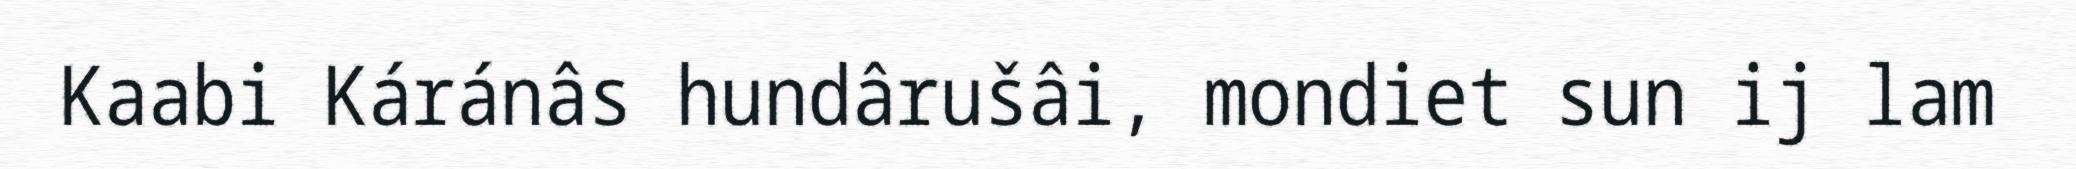
Kaabi Káránâs hundârušâi, mondiet sun ij lam